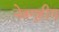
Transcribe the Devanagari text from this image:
नेत्रगुहीय